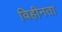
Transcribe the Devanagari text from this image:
विहीनता